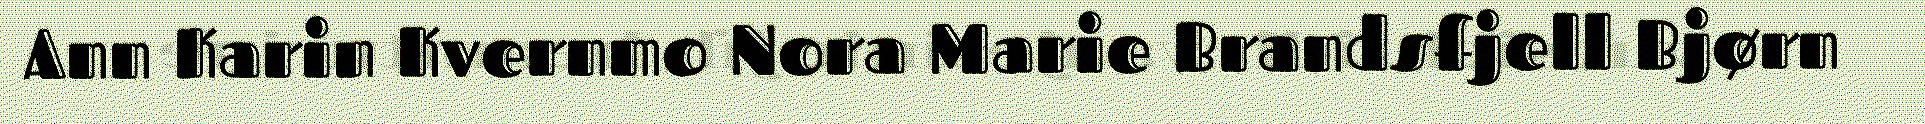
Ann Karin Kvernmo Nora Marie Brandsfjell Bjørn